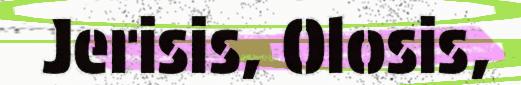
Jerisis, Olosis,